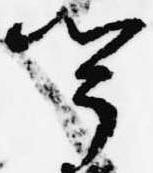
聞